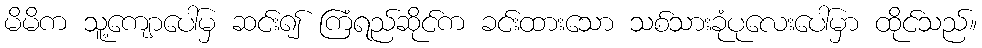
မိမိက သူ့ကျောပေါ်မှ ဆင်း၍ ကြံရည်ဆိုင်က ခင်းထားသော သစ်သားခုံပုလေးပေါ်မှာ ထိုင်သည်။